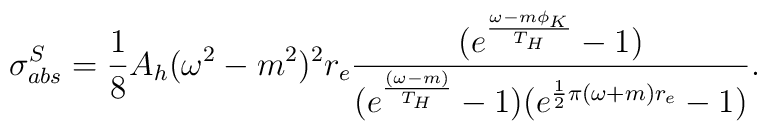
\sigma^{S}_{abs} = \frac{1}{8} A_{h} (\omega^{2} -m^{2})^{2} r_{e} \frac{(e^{\frac{\omega - m\phi_{K}}{T_{H}}}- 1)}{(e^{\frac{(\omega - m)}{T_{H}}} - 1)(e^{ \frac{1}{2}\pi (\omega + m) r_{e}} -  1)}.